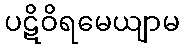
ပဋိဝိရမေယျာမ